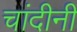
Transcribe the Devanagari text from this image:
चांदीनी